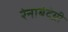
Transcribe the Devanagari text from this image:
रंनाबंदेय्री